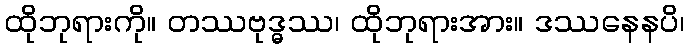
ထိုဘုရားကို။ တဿဗုဒ္ဓဿ၊ ထိုဘုရားအား။ ဒဿနေနပိ၊